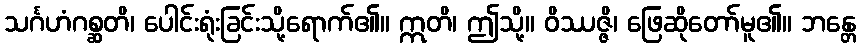
သင်္ဂဟံဂစ္ဆတိ၊ ပေါင်းရုံးခြင်းသို့ရောက်၏။ ဣတိ၊ ဤသို့။ ဝိဿဇ္ဇိ၊ ဖြေဆိုတော်မူ၏။ ဘန္တေ